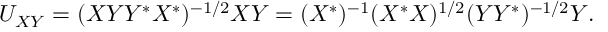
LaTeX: U _ { X Y } = ( X Y Y ^ { * } X ^ { * } ) ^ { - 1 / 2 } X Y = ( X ^ { * } ) ^ { - 1 } ( X ^ { * } X ) ^ { 1 / 2 } ( Y Y ^ { * } ) ^ { - 1 / 2 } Y .